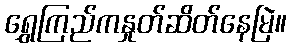
ရွှေကြည်ကနှုတ်ဆိတ်နေမြဲ။